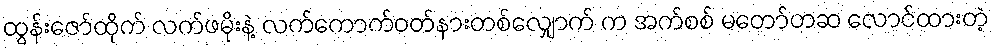
ထွန်းဇော်ထိုက် လက်ဖမိုးနဲ့ လက်ကောက်ဝတ်နားတစ်လျှောက် က အက်စစ် မတော်တဆ လောင်ထားတဲ့